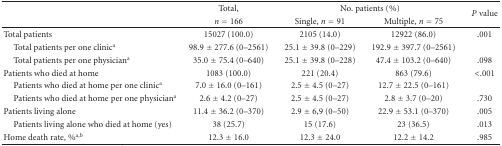
<table><thead><tr><td></td><td><b>Total,</b></td><td colspan="2"><b>No. patients (%)</b></td><td rowspan="2"><b><i>P</i> value</b></td></tr><tr><td></td><td><b><i>n</i> = 166</b></td><td><b>Single, <i>n</i> = 91</b></td><td><b>Multiple, <i>n</i> = 75</b></td></tr></thead><tbody><tr><td>Total patients</td><td>15027 (100.0)</td><td>2105 (14.0)</td><td>12922 (86.0)</td><td>.001</td></tr><tr><td> Total patients per one clinic<sup>a</sup></td><td>98.9 ± 277.6 (0–2561)</td><td>25.1 ± 39.8 (0–229)</td><td>192.9 ± 397.7 (0–2561)</td><td></td></tr><tr><td> Total patients per one physician<sup>a</sup></td><td>35.0 ± 75.4 (0–640)</td><td>25.1 ± 39.8 (0–228)</td><td>47.4 ± 103.2 (0–640)</td><td>.098</td></tr><tr><td>Patients who died at home</td><td>1083 (100.0)</td><td>221 (20.4)</td><td>863 (79.6)</td><td>&lt;.001</td></tr><tr><td> Patients who died at home per one clinic<sup>a</sup></td><td>7.0 ± 16.0 (0–161)</td><td>2.5 ± 4.5 (0–27)</td><td>12.7 ± 22.5 (0–161)</td><td></td></tr><tr><td> Patients who died at home per one physician<sup>a</sup></td><td>2.6 ± 4.2 (0–27)</td><td>2.5 ± 4.5 (0–27)</td><td>2.8 ± 3.7 (0–20)</td><td>.730</td></tr><tr><td>Patients living alone</td><td>11.4 ± 36.2 (0–370)</td><td>2.9 ± 6,9 (0–50)</td><td>22.9 ± 53.1 (0–370)</td><td>.005</td></tr><tr><td> Patients living alone who died at home (yes)</td><td>38 (25.7)</td><td>15 (17.6)</td><td>23 (36.5)</td><td>.013</td></tr><tr><td>Home death rate, %<sup>a,b</sup></td><td>12.3 ± 16.0</td><td>12.3 ± 24.0</td><td>12.2 ± 14.2</td><td>.985</td></tr></tbody></table>